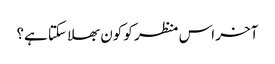
آخر اس منظر کو کون بھلا سکتا ہے؟